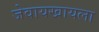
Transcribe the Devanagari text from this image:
जेवायखायला